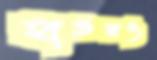
হাঙরও